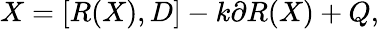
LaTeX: X=[R(X),D]-k\partial R(X)+Q,